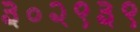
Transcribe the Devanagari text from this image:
३०२९३९